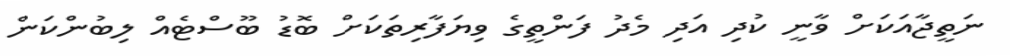
ނަތީޖާއަކަށް ވާނީ ކުދި އަދި މެދު ފަންތީގެ ވިޔަފާރިތަކަށް ބޮޑު ބޫސްޓެއް ލިބުންކަން